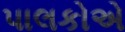
પાલકોએ